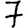
Digit: 7